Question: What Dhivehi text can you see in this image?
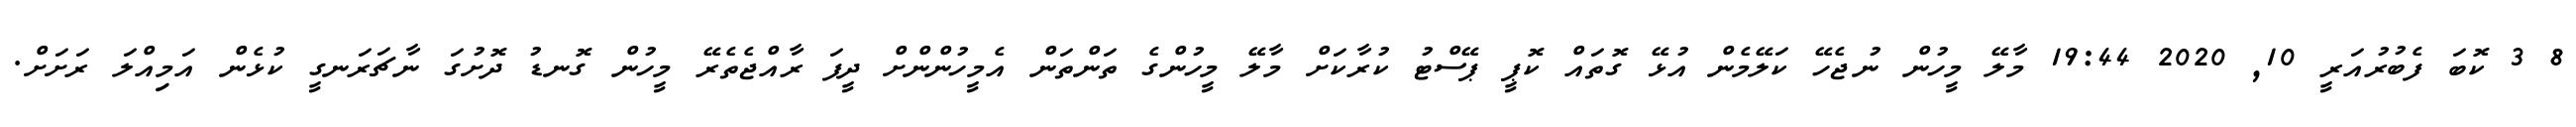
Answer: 8 3 ކޮބަ ފެބުރުއަރީ 10, 2020 19:44 މާލޭ މީހުން ނުޖެހޭ ކަލޭމެން އުޅޭ ގޮތައް ކޮޕީ ޕޭސްޓު ކުރާކަށް މާލޭ މީހުންގެ ތަންތަން އެމީހުންންށް ދީފަ ރާއްޖެތެރޭ މީހުން ގޮނޑު ދޮށުގަ ނާޗަރަނގީ ކުޅެން އަމިއްލަ ރަށަށް.